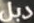
دبل